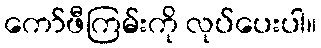
ကော်ဖီကြမ်းကို လုပ်ပေးပါ။